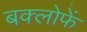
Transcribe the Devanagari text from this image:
बक्लोफें